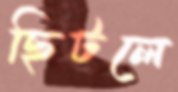
ছিটলে